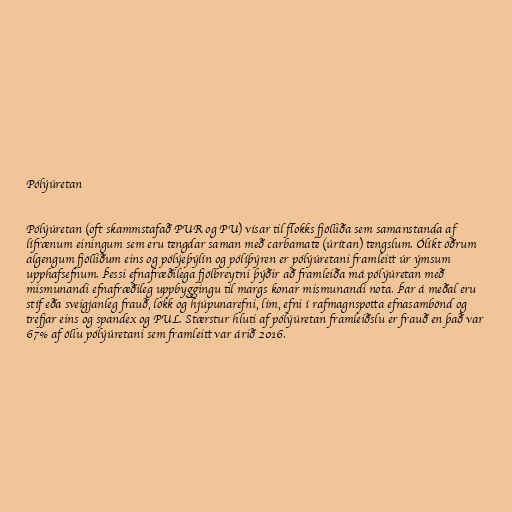
Pólýúretan

Pólýúretan (oft skammstafað PUR og PU) vísar til flokks fjölliða sem samanstanda af
lífrænum einingum sem eru tengdar saman með carbamate (úrítan) tengslum. Ólíkt öðrum
algengum fjölliðum eins og pólýeþýlín og pólíþýren er pólýúretani framleitt úr ýmsum
upphafsefnum. Þessi efnafræðilega fjölbreytni þýðir að framleiða má pólýúretan með
mismunandi efnafræðileg uppbyggingu til margs konar mismunandi nota. Þar á meðal eru
stíf eða sveigjanleg frauð, lökk og hjúpunarefni, lím, efni í rafmagnspotta efnasambönd og
trefjar eins og spandex og PUL. Stærstur hluti af pólýúretan framleiðslu er frauð en það var
67% af öllu pólýúretani sem framleitt var árið 2016.